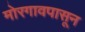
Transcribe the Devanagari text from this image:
मोरगावपासून